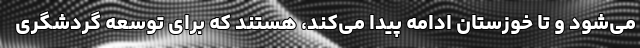
می‌شود و تا خوزستان ادامه پیدا می‌کند، هستند که برای توسعه گردشگری